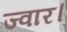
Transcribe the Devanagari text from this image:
ज्वार।